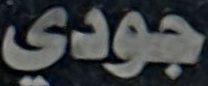
جودي